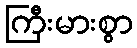
ကြီးမားစွာ